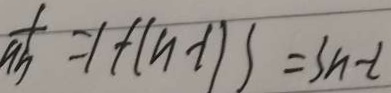
\frac { 1 } { a b } ^ { + } = 1 + ( n - 1 ) s = 3 n - l